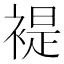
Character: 褆